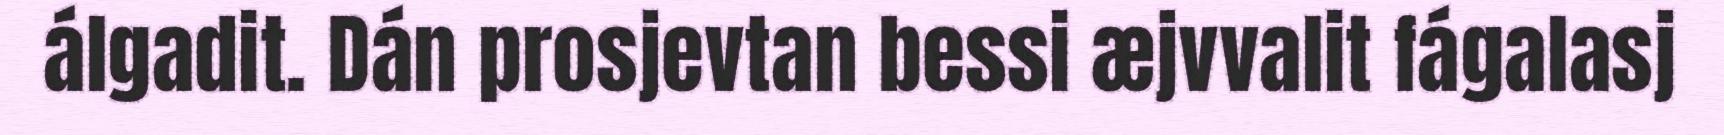
álgadit. Dán prosjevtan bessi æjvvalit fágalasj